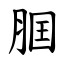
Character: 腘